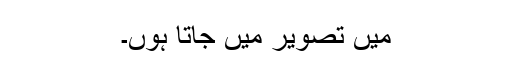
میں تصویر میں جاتا ہوں۔